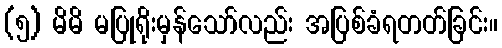
(၅) မိမိ မပြုရိုးမှန်သော်လည်း အပြစ်ခံရတတ်ခြင်း။